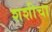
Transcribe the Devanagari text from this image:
शशीचा